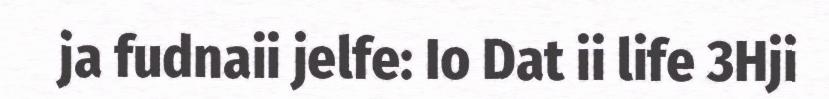
ja fudnaii jelfe: Io Dat ii life 3Hji